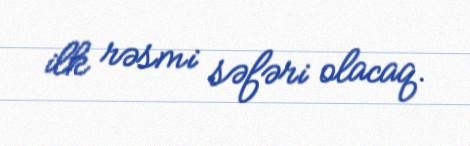
ilk rəsmi səfəri olacaq.